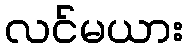
လင်မယား